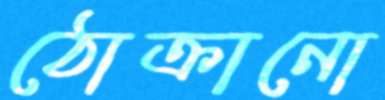
ঠোক্‌রানো